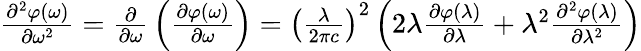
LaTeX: {\begin{array}{l}{{\frac{{\partial}^{2}\varphi\mathrm{(}\omega\mathrm{)}}{\partial{\omega}^{\mathrm{2}}}}={\frac{\partial}{\partial\omega}}\left({\frac{\partial\varphi\mathrm{(}\omega\mathrm{)}}{\partial\omega}}\right)={\left({\frac{\lambda}{\mathrm{2}\pi c}}\right)}^{\mathrm{2}}\left(\mathrm{2}\lambda{\frac{\partial\varphi\mathrm{(}\lambda\mathrm{)}}{\partial\lambda}}+{\lambda}^{\mathrm{2}}{\frac{{\partial}^{2}\varphi\mathrm{(}\lambda\mathrm{)}}{\partial{\lambda}^{\mathrm{2}}}}\right)}\end{array}}